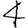
Digit: 4